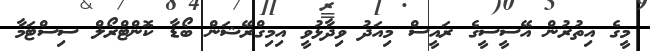
މީގެ އިތުރުން އޭސީސީގެ ރައީސް މިއަދު ވިދާޅުވީ އިމިގްރޭޝަން ބޯޑާ ކޮންޓްރޯލް ސިސްޓަމާ